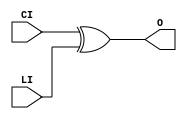
///////////////////////////////////////////////////////////////////////////////
//    Copyright (c) 1995/2004 Xilinx, Inc.
// 
//    Licensed under the Apache License, Version 2.0 (the "License");
//    you may not use this file except in compliance with the License.
//    You may obtain a copy of the License at
// 
//        http://www.apache.org/licenses/LICENSE-2.0
// 
//    Unless required by applicable law or agreed to in writing, software
//    distributed under the License is distributed on an "AS IS" BASIS,
//    WITHOUT WARRANTIES OR CONDITIONS OF ANY KIND, either express or implied.
//    See the License for the specific language governing permissions and
//    limitations under the License.
///////////////////////////////////////////////////////////////////////////////
//   ____  ____
//  /   /\/   /
// /___/  \  /    Vendor : Xilinx
// \   \   \/     Version : 10.1
//  \   \         Description : Xilinx Functional Simulation Library Component
//  /   /                  XOR for Carry Logic with General Output
// /___/   /\     Filename : XORCY.v
// \   \  /  \    Timestamp : Thu Mar 25 16:43:42 PST 2004
//  \___\/\___\
//
// Revision:
//    03/23/04 - Initial version.
//    05/23/07 - Changed timescale to 1 ps / 1 ps.

`timescale  1 ps / 1 ps


`celldefine

module XORCY (O, CI, LI);


`ifdef XIL_TIMING

    parameter LOC = "UNPLACED";

`endif

    
    output O;

    input  CI, LI;

	xor X1 (O, CI, LI);

`ifdef XIL_TIMING

    specify
        
        (CI => O) = (0:0:0, 0:0:0);
        (LI => O) = (0:0:0, 0:0:0);
        specparam PATHPULSE$ = 0;
        
    endspecify

`endif
    
endmodule

`endcelldefine